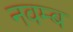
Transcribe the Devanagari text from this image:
नवम्ब